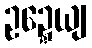
ဥဍ္ဍေယျ